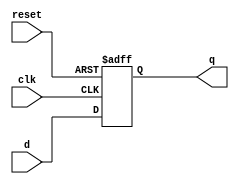
module d_flipflop(d, clk, reset, q);
input [35:0] d;
input clk, reset;
output reg [35:0] q;
//reg q;

always@(posedge clk or posedge reset)
	if(reset)
 		q <= 36'd0;
	else
		q <= d;

endmodule